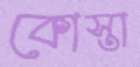
কোস্তা